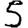
Digit: 5